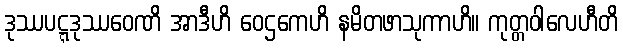
ဒုဿပဋ္ဋဒုဿဝေဏိ အာဒီဟိ ဝေဌကေဟိ နမိတဖာသုကာဟိ။ ကုတ္တဝါလေဟီတိ